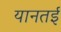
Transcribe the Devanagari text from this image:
यानतई